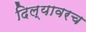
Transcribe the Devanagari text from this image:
दिल्यावरच